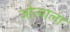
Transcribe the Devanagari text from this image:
जोत्याला